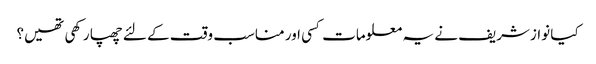
کیا نوازشریف نے یہ معلومات کسی اور مناسب وقت کے لئے چھپا رکھی تھیں؟